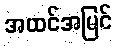
အထင်အမြင်